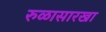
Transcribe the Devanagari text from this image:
रुळासारखा